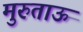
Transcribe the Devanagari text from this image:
मुरुताऊ